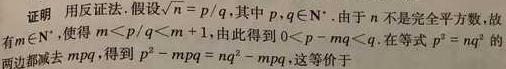
证明：用反证法. 假设$\sqrt{n}=p/q$，其中$p,q\in\mathbb{N}^*$. 由于$n$不是完全平方数，故有$m\in\mathbb{N}^*$，使得$m^2<p^2/q^2<m + 1$，由此得到$mq<pq<\sqrt{n}q$，这等价于$mq<p<(m + 1)q$. 在等式$p^2=nq^2$的两边都减去$mqp$，得到$p^2-mqp=nq^2-mqp$，即$p(p - mq)=q(nq - mp)$.